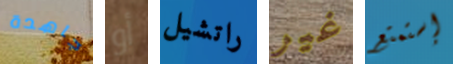
جاهدة أو راتشيل غير إستمتع